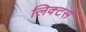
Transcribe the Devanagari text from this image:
लिक्टर्स